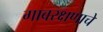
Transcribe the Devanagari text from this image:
गावरक्षणाचे